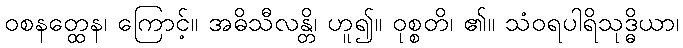
ဝစနတ္ထေန၊ ကြောင့်။ အဓိသီလန္တိ၊ ဟူ၍။ ဝုစ္စတိ၊ ၏။ သံဝရပါရိသုဒ္ဓိယာ၊